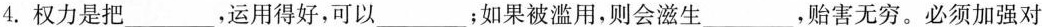
4. 权力是把___，运用得好，可以___；如果被滥用，则会滋生___，贻害无穷。必须加强对